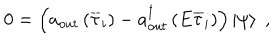
0 = \left( a _ { o u t } \left( \overline { { { \tau } } } _ { i } \right) - a _ { o u t } ^ { \dagger } \left( E \overline { { { \tau } } } _ { i } \right) \right) \left| \psi \right> \; ,